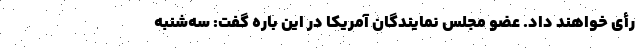
رأی خواهند داد. عضو مجلس نمایندگان آمریکا در این باره گفت: سه‌شنبه